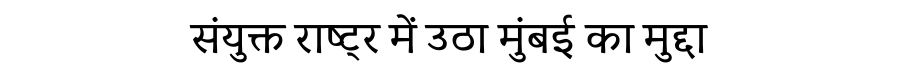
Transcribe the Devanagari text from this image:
संयुक्त राष्ट्र में उठा मुंबई का मुद्दा